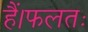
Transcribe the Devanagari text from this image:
हैं।फलतः